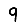
Digit: 9